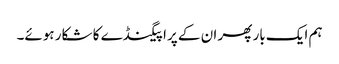
ہم ایک بار پھر ان کے پراپیگنڈے کا شکار ہوئے۔